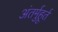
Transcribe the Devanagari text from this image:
अंतर्मुहूर्त